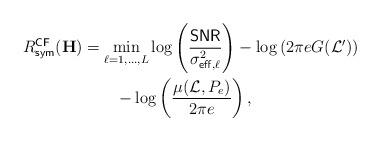
LaTeX: \begin{align*}R^{\sf CF}_{\sf sym}(\mathbf{H}) &= \min_{\ell = 1, \dots, L} \log\left( \frac{{\sf SNR}}{\sigma^2_{{\sf eff}, \ell} } \right) - \log\left( 2 \pi e G(\mathcal{L}') \right)\\&\qquad- \log\left( \frac{\mu(\mathcal{L}, P_e)}{2 \pi e} \right),\end{align*}